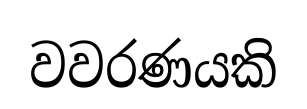
වවරණයකි